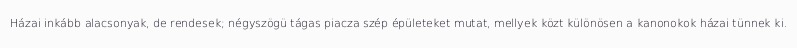
Házai inkább alacsonyak, de rendesek; négyszögü tágas piacza szép épületeket mutat, mellyek közt különösen a kanonokok házai tünnek ki.